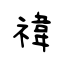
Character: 禕